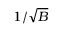
1 / \sqrt { B }